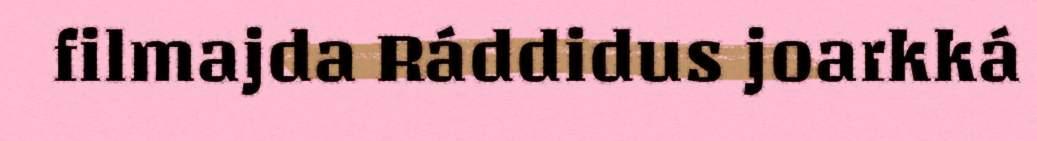
filmajda Ráddidus joarkká